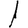
Digit: 1